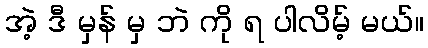
အဲ့ ဒီ မှန် မှ ဘဲ ကို ရ ပါလိမ့် မယ်။